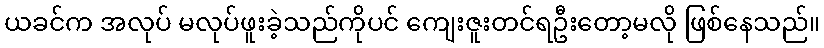
ယခင်က အလုပ် မလုပ်ဖူးခဲ့သည်ကိုပင် ကျေးဇူးတင်ရဦးတော့မလို ဖြစ်နေသည်။